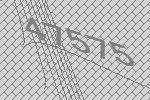
47575